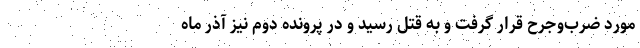
مورد ضرب‌وجرح قرار گرفت و به قتل رسید و در پرونده دوم نیز آذر ماه